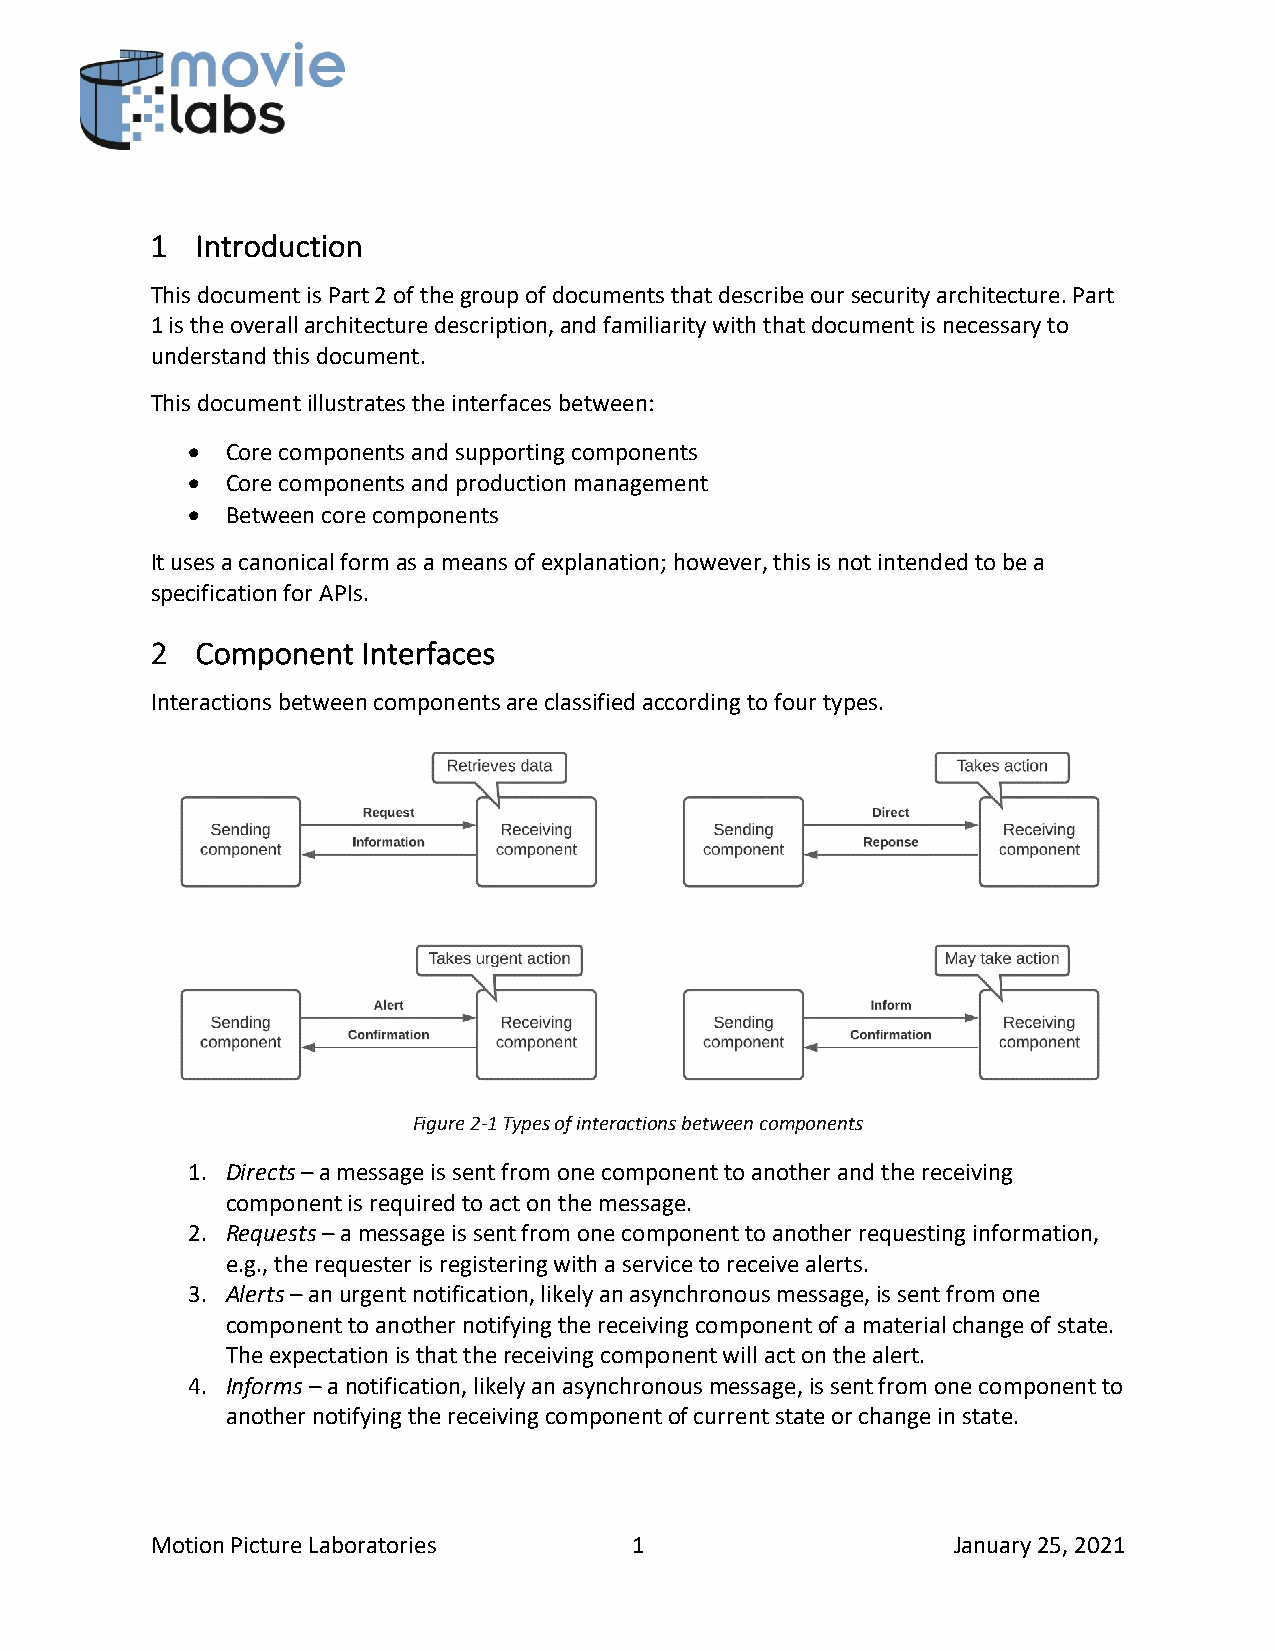
1  Introduction
 This document is Part 2 of the group of documents that describe our security architecture. Part
 1 is the overall architecture description, and familiarity with that document is necessary to
 understand this document.
 This document illustrates the interfaces between:
 •  Core components and supporting components
 •  Core components and production management
 •  Between core components
 It uses a canonical form as a means of explanation; however, this is not intended to be a
 specification for APIs.
 2  Component  Interfaces
 Interactions between components are classified according to four types.
 Figure 2-1 Types of interactions between components
 1. Directs – a message is sent from one component to another and the receiving
 component is required to act on the message.
 2. Requests – a message is sent from one component to another requesting information,
 e.g., the requester is registering with a service to receive alerts.
 3. Alerts – an urgent notification, likely an asynchronous message, is sent from one
 component to another notifying the receiving component of a material change of state.
 The expectation is that the receiving component will act on the alert.
 4. Informs – a notification, likely an asynchronous message, is sent from one component to
 another notifying the receiving component of current state or change in state.
 Motion Picture Laboratories     1                    January 25, 2021